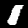
Digit: 1